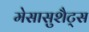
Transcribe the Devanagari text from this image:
मेसासुशैट्स